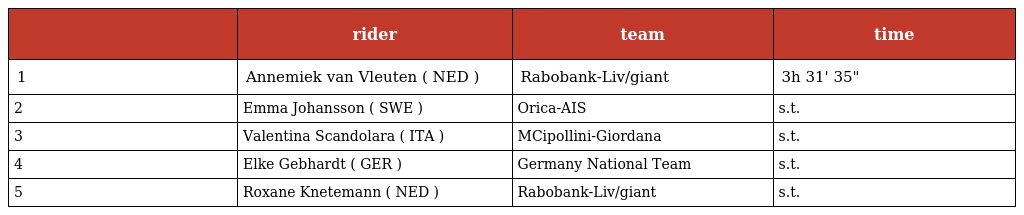
|  | rider | team | time |
 | --- | --- | --- | --- |
 | 1 | Annemiek van Vleuten ( NED ) | Rabobank-Liv/giant | 3h 31' 35" |
 | 2 | Emma Johansson ( SWE ) | Orica-AIS | s.t. |
 | 3 | Valentina Scandolara ( ITA ) | MCipollini-Giordana | s.t. |
 | 4 | Elke Gebhardt ( GER ) | Germany National Team | s.t. |
 | 5 | Roxane Knetemann ( NED ) | Rabobank-Liv/giant | s.t. |